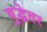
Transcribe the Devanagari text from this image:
युद्धेतर